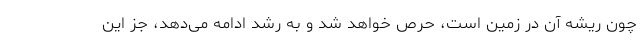
چون ریشه آن در زمین است، حرص خواهد شد و به رشد ادامه می‌دهد، جز این